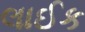
લાઈક